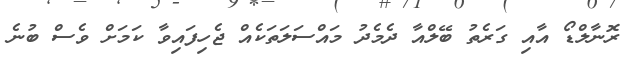
ރޮނާލްޑޯ އާއި ގަރެތު ބޭލްއާ ދެމެދު މައްސަލަތަކެއް ޖެހިފައިވާ ކަމަށް ވެސް ބުނެ